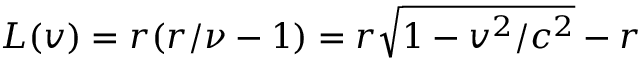
L ( v ) = r ( r / \nu - 1 ) = r \sqrt { 1 - v ^ { 2 } / c ^ { 2 } } - r